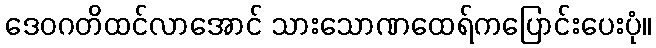
ဒေဝဂတိထင်လာအောင် သားသောဏထေရ်ကပြောင်းပေးပုံ။